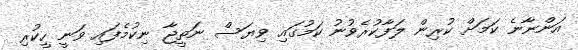
އަންނާނެ ކަމަށް ކުރިން ލަފާކުރެވުނު ކަމުުގައި ވިޔަސް ނަތީޖާ ނިކުމެފައި ވަނީ ހީކުރި